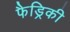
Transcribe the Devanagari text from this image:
फैड्रिकी